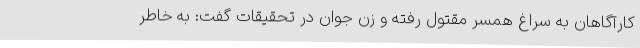
کارآگاهان به سراغ همسر مقتول رفته و زن جوان در تحقیقات گفت: به خاطر